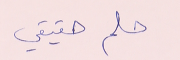
حلم حقيقي